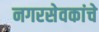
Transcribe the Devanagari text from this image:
नगरसेवकांचे